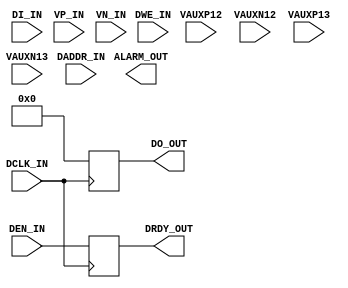
// (c) Copyright 2009 - 2011 Xilinx, Inc. All rights reserved.
// 
// This file contains confidential and proprietary information
// of Xilinx, Inc. and is protected under U.S. and
// international copyright and other intellectual property
// laws.
// 
// DISCLAIMER
// This disclaimer is not a license and does not grant any
// rights to the materials distributed herewith. Except as
// otherwise provided in a valid license issued to you by
// Xilinx, and to the maximum extent permitted by applicable
// law: (1) THESE MATERIALS ARE MADE AVAILABLE "AS IS" AND
// WITH ALL FAULTS, AND XILINX HEREBY DISCLAIMS ALL WARRANTIES
// AND CONDITIONS, EXPRESS, IMPLIED, OR STATUTORY, INCLUDING
// BUT NOT LIMITED TO WARRANTIES OF MERCHANTABILITY, NON-
// INFRINGEMENT, OR FITNESS FOR ANY PARTICULAR PURPOSE; and
// (2) Xilinx shall not be liable (whether in contract or tort,
// including negligence, or under any other theory of
// liability) for any loss or damage of any kind or nature
// related to, arising under or in connection with these
// materials, including for any direct, or any indirect,
// special, incidental, or consequential loss or damage
// (including loss of data, profits, goodwill, or any type of
// loss or damage suffered as a result of any action brought
// by a third party) even if such damage or loss was
// reasonably foreseeable or Xilinx had been advised of the
// possibility of the same.
// 
// CRITICAL APPLICATIONS
// Xilinx products are not designed or intended to be fail-
// safe, or for use in any application requiring fail-safe
// performance, such as life-support or safety devices or
// systems, Class III medical devices, nuclear facilities,
// applications related to the deployment of airbags, or any
// other applications that could lead to death, personal
// injury, or severe property or environmental damage
// (individually and collectively, "Critical
// Applications"). Customer assumes the sole risk and
// liability of any use of Xilinx products in Critical
// Applications, subject only to applicable laws and
// regulations governing limitations on product liability.
// 
// THIS COPYRIGHT NOTICE AND DISCLAIMER MUST BE RETAINED AS
// PART OF THIS FILE AT ALL TIMES.
`timescale 1ns / 1 ps

(* CORE_GENERATION_INFO = "system_mon,xadc_wiz_v2_1,{component_name=system_mon,dclk_frequency=50,enable_busy=false,enable_convst=false,enable_convstclk=false,enable_dclk=true,enable_drp=true,enable_eoc=false,enable_eos=false,enable_vbram_alaram=false,enable_vccddro_alaram=false,enable_vccpaux_alaram=false,enable_Vccint_Alaram=false,enable_Vccaux_alaram=false,enable_vccpint_alaram=false,ot_alaram=false,user_temp_alaram=false,timing_mode=continuous,channel_averaging=256,sequencer_mode=on,startup_channel_selection=contineous_sequence}" *)


module sys_mon
          (
          DADDR_IN,            // Address bus for the dynamic reconfiguration port
          DCLK_IN,             // Clock input for the dynamic reconfiguration port
          DEN_IN,              // Enable Signal for the dynamic reconfiguration port
          DI_IN,               // Input data bus for the dynamic reconfiguration port
          DWE_IN,              // Write Enable for the dynamic reconfiguration port
          VAUXP12,             // Auxiliary channel 12
          VAUXN12,
          VAUXP13,             // Auxiliary channel 13
          VAUXN13,
          DO_OUT,              // Output data bus for dynamic reconfiguration port
          DRDY_OUT,            // Data ready signal for the dynamic reconfiguration port
          ALARM_OUT,           // OR'ed output of all the Alarms    
          VP_IN,               // Dedicated Analog Input Pair
          VN_IN);

          input [6:0] DADDR_IN;
          input DCLK_IN;
          input DEN_IN;
          input [15:0] DI_IN;
          input DWE_IN;
          input VAUXP12;
          input VAUXN12;
          input VAUXP13;
          input VAUXN13;
          input VP_IN;
          input VN_IN;

          output reg [15:0] DO_OUT;
          output reg DRDY_OUT;
          output ALARM_OUT;
			 
			 
			 always @(posedge DCLK_IN)
			 begin
			     DO_OUT   <=   16'h0000;
				  DRDY_OUT <=   DEN_IN;
			 end

        /*wire FLOAT_VCCAUX;
        wire FLOAT_VCCINT;
        wire FLOAT_TEMP;
          wire GND_BIT;
    wire [2:0] GND_BUS3;
          assign GND_BIT = 0;
          wire [15:0] aux_channel_p;
          wire [15:0] aux_channel_n;
          wire [7:0]  alm_int;
          assign ALARM_OUT = alm_int[7];
          assign aux_channel_p[0] = 1'b0;
          assign aux_channel_n[0] = 1'b0;

          assign aux_channel_p[1] = 1'b0;
          assign aux_channel_n[1] = 1'b0;

          assign aux_channel_p[2] = 1'b0;
          assign aux_channel_n[2] = 1'b0;

          assign aux_channel_p[3] = 1'b0;
          assign aux_channel_n[3] = 1'b0;

          assign aux_channel_p[4] = 1'b0;
          assign aux_channel_n[4] = 1'b0;

          assign aux_channel_p[5] = 1'b0;
          assign aux_channel_n[5] = 1'b0;

          assign aux_channel_p[6] = 1'b0;
          assign aux_channel_n[6] = 1'b0;

          assign aux_channel_p[7] = 1'b0;
          assign aux_channel_n[7] = 1'b0;

          assign aux_channel_p[8] = 1'b0;
          assign aux_channel_n[8] = 1'b0;

          assign aux_channel_p[9] = 1'b0;
          assign aux_channel_n[9] = 1'b0;

          assign aux_channel_p[10] = 1'b0;
          assign aux_channel_n[10] = 1'b0;

          assign aux_channel_p[11] = 1'b0;
          assign aux_channel_n[11] = 1'b0;

          assign aux_channel_p[12] = VAUXP12;
          assign aux_channel_n[12] = VAUXN12;

          assign aux_channel_p[13] = VAUXP13;
          assign aux_channel_n[13] = VAUXN13;

          assign aux_channel_p[14] = 1'b0;
          assign aux_channel_n[14] = 1'b0;

          assign aux_channel_p[15] = 1'b0;
          assign aux_channel_n[15] = 1'b0;
XADC #(
        .INIT_40(16'h3000), // config reg 0
        .INIT_41(16'h2f0f), // config reg 1
        .INIT_42(16'h0a00), // config reg 2
        .INIT_48(16'h0f00), // Sequencer channel selection
        .INIT_49(16'h3000), // Sequencer channel selection
        .INIT_4A(16'h0e00), // Sequencer Average selection
        .INIT_4B(16'h3000), // Sequencer Average selection
        .INIT_4C(16'h0000), // Sequencer Bipolar selection
        .INIT_4D(16'h0000), // Sequencer Bipolar selection
        .INIT_4E(16'h0000), // Sequencer Acq time selection
        .INIT_4F(16'h0000), // Sequencer Acq time selection
        .INIT_50(16'hb5ed), // Temp alarm trigger
        .INIT_51(16'h57e4), // Vccint upper alarm limit
        .INIT_52(16'ha147), // Vccaux upper alarm limit
        .INIT_53(16'hca33),  // Temp alarm OT upper
        .INIT_54(16'ha93a), // Temp alarm reset
        .INIT_55(16'h52c6), // Vccint lower alarm limit
        .INIT_56(16'h9555), // Vccaux lower alarm limit
        .INIT_57(16'hae4e),  // Temp alarm OT reset
        .INIT_58(16'h5999), // VBRAM upper alarm limit
        .INIT_5C(16'h5111),  //  VBRAM lower alarm limit
        .SIM_DEVICE("7SERIES"),
        .SIM_MONITOR_FILE("system_mon.txt")
)

XADC_INST (
        .CONVST(GND_BIT),
        .CONVSTCLK(GND_BIT),
        .DADDR(DADDR_IN[6:0]),
        .DCLK(DCLK_IN),
        .DEN(DEN_IN),
        .DI(DI_IN[15:0]),
        .DWE(DWE_IN),
        .RESET(GND_BIT),
        .VAUXN(aux_channel_n[15:0]),
        .VAUXP(aux_channel_p[15:0]),
        .ALM(alm_int),
        .BUSY(),
        .CHANNEL(),
        .DO(DO_OUT[15:0]),
        .DRDY(DRDY_OUT),
        .EOC(),
        .EOS(),
        .JTAGBUSY(),
        .JTAGLOCKED(),
        .JTAGMODIFIED(),
        .OT(),
        .MUXADDR(),
        .VP(VP_IN),
        .VN(VN_IN)
          );*/

endmodule